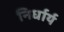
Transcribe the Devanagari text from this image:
निर्धार्य